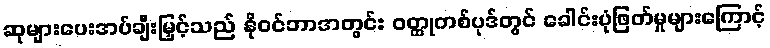
ဆုများပေးအပ်ချီးမြှင့်သည် နိုဝင်ဘာအတွင်း ဝတ္ထုတစ်ပုဒ်တွင် ခေါင်းပုံဖြတ်မှုများကြောင့်